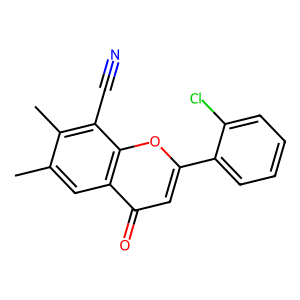
SMILES: Cc1cc2c(=O)cc(-c3ccccc3Cl)oc2c(C#N)c1C
Inhibits HIV replication: No